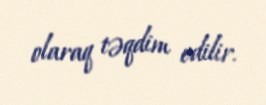
olaraq təqdim edilir.